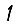
Digit: 1